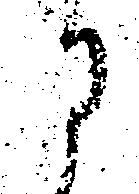
に